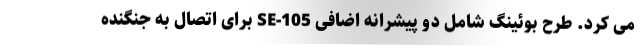
می کرد. طرح بوئینگ شامل دو پیشرانه اضافی SE-105 برای اتصال به جنگنده